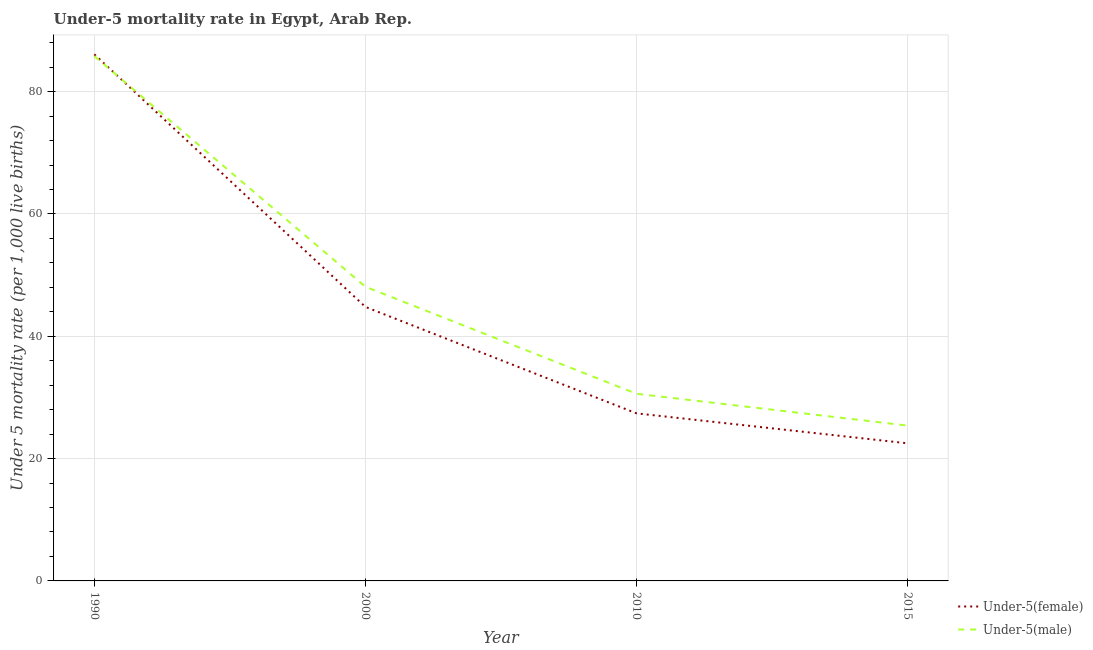
| Year | Under-5(female) | Under-5(male) |
 | --- | --- | --- |
 | 1990 | 86.1 | 85.8 |
 | 2000 | 44.8 | 48.1 |
 | 2010 | 27.4 | 30.6 |
 | 2015 | 22.5 | 25.4 |